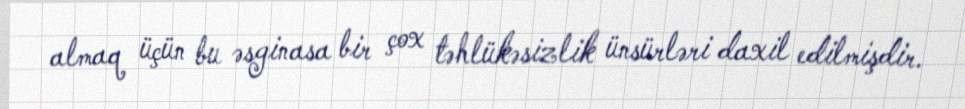
almaq üçün bu əsginasa bir çox təhlükəsizlik ünsürləri daxil edilmişdir.